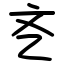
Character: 㐎